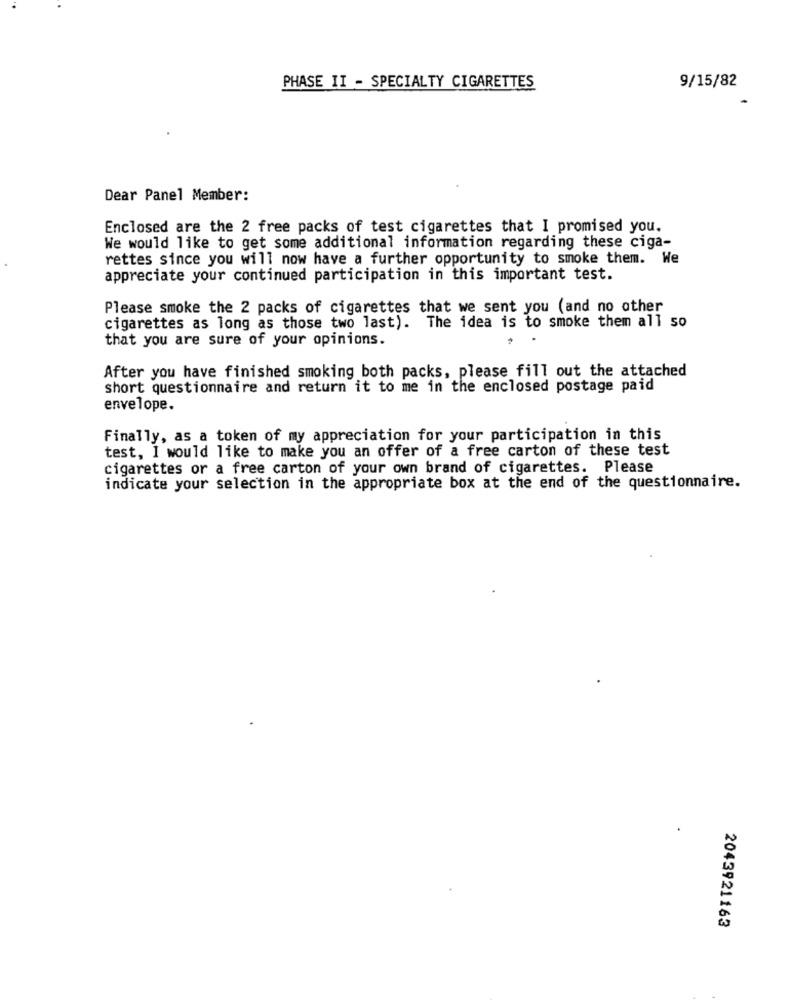
PHASE II - SPECIALTY CIGARETTES
9/15/82
Dear Panel Member:
Enclosed are the 2 free packs of test cigarettes that I promised you.
We would like to get some additional information regarding these ciga-
rettes since you will now have a further opportunity to smoke them. We
appreciate your continued participation in this important test.
Please smoke the 2 packs of cigarettes that we sent you (and no other
cigarettes as long as those two last). The idea is to smoke them all so
that you are sure of your opinions.
After you have finished smoking both packs, please fill out the attached
short questionnaire and return it to me in the enclosed postage paid
envelope.
Finally, as a token of my appreciation for your participation in this
test, I would like to make you an offer of a free carton of these test
cigarettes or a free carton of your own brand of cigarettes. Please
indicate your selection in the appropriate box at the end of the questionnaire.
2043921163